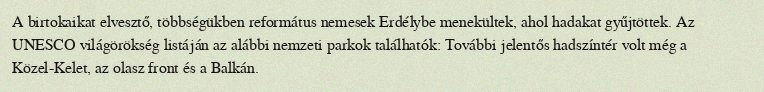
A birtokaikat elvesztő, többségükben református nemesek Erdélybe menekültek, ahol hadakat gyűjtöttek. Az UNESCO világörökség listáján az alábbi nemzeti parkok találhatók: További jelentős hadszíntér volt még a Közel-Kelet, az olasz front és a Balkán.